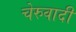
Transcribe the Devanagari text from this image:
चेरुवादी